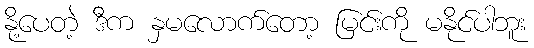
နို့ပေတဲ့ ဒီက နှမလောက်တော့ မြင်းကို မနိုင်ပါဘူး